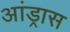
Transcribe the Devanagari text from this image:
आंड्रास